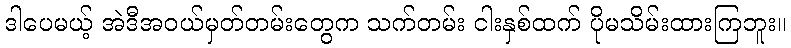
ဒါပေမယ့် အဲဒီအဝယ်မှတ်တမ်းတွေက သက်တမ်း ငါးနှစ်ထက် ပိုမသိမ်းထားကြဘူး။